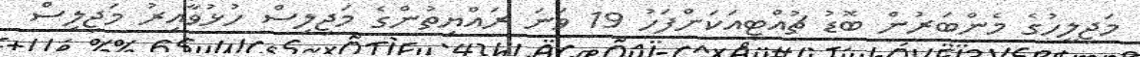
މަޖިލީހުގެ މެންބަރުން ބޮޑު ޗުއްޓީއަކަށްފަހު 19 ވަނަ ރައްޔިތުންގެ މަޖިލިސް ހުޅުވާއިރު މަޖިލިސް